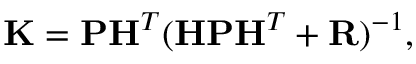
\mathbf { K } = \mathbf { P H } ^ { T } ( \mathbf { H P H } ^ { T } + \mathbf { R } ) ^ { - 1 } ,